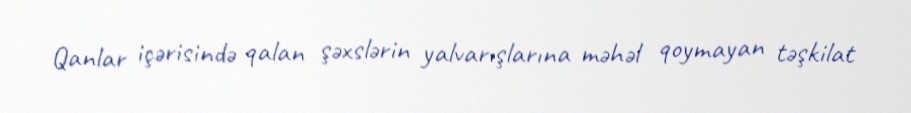
Qanlar içərisində qalan şəxslərin yalvarışlarına məhəl qoymayan təşkilat